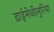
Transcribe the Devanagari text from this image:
डाईमेथीलुरिया